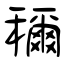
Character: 穪